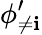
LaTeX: \phi_{\neq\mathbf{i}}^{\prime}